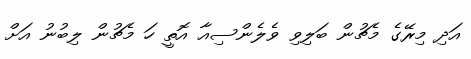
އަދި މިރޭގެ މެޗުން ބަލިވި ވެލެންސިއާ އޮތީ ހަ މެޗުން ލިބުނު އަށް